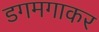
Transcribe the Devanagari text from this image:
डगमगाकर